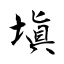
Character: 塡